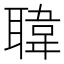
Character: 𦗇